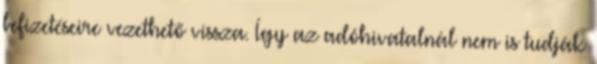
befizetéseire vezethető vissza. Így az adóhivatalnál nem is tudják